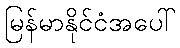
မြန်မာနိုင်ငံအပေါ်